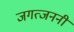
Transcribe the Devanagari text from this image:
जगत्जननी